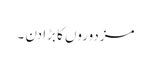
مزدوروں کا بڑا دن ۔